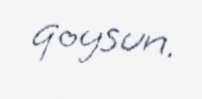
qoysun.